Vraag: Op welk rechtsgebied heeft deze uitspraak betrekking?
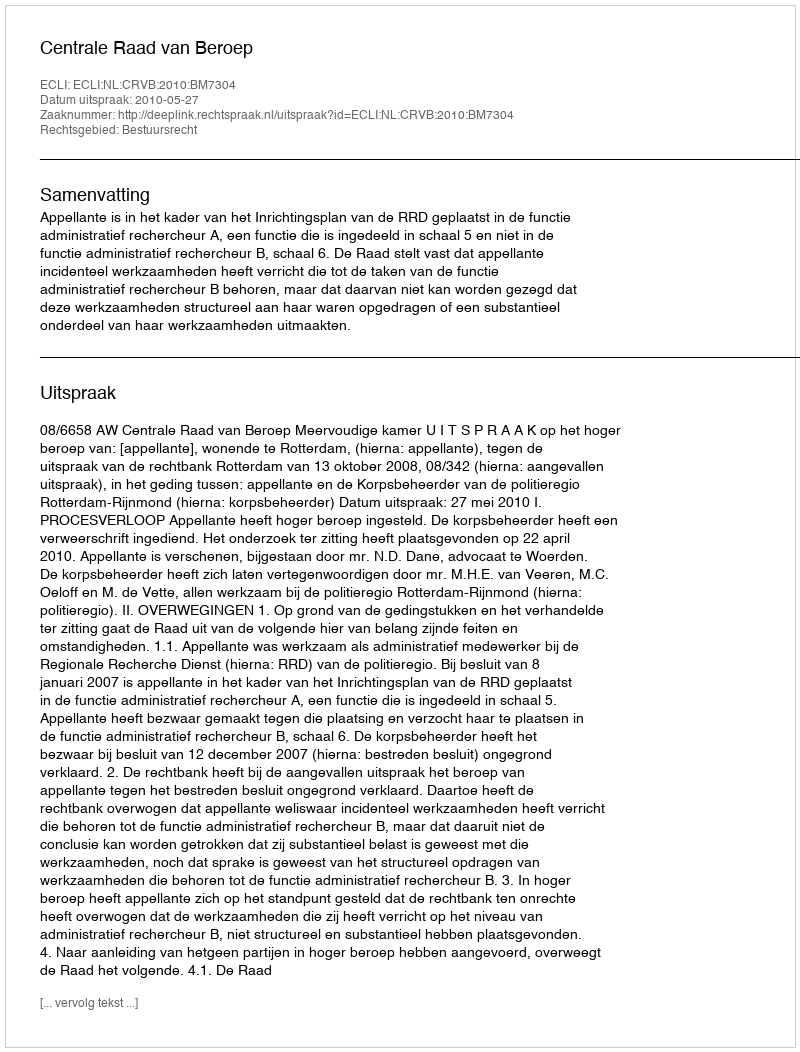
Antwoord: Bestuursrecht